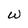
Character: W